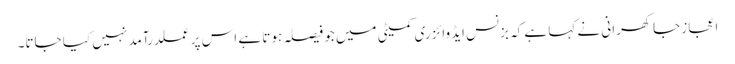
اعجاز جاکھرانی نے کہا ہے کہ بزنس ایڈوائزری کمیٹی میں جو فیصلہ ہوتا ہے اس پر عملدرآمد نہیں کیا جاتا۔